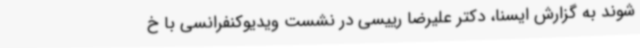
شوند به گزارش ایسنا، دکتر علیرضا رییسی در نشست ویدیوکنفرانسی با خ